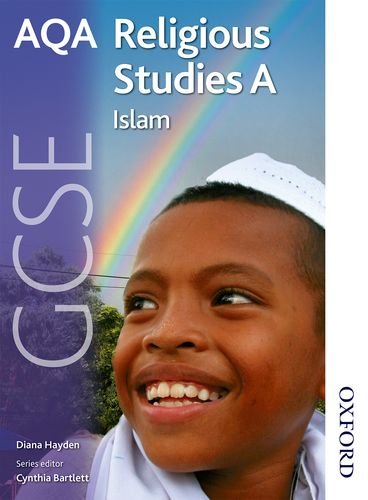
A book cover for AQA GCSE Religious Studies A - Islam; Teen & Young Adult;